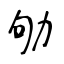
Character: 劬